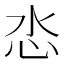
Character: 𢗨